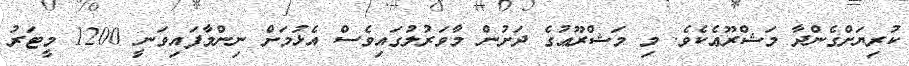
ކުރިޔަށްގެންދާ މަޝްރޫޢެކެވެ. މި މަޝްރޫޢުގެ ދަށުން މާވަރުލުގައިވެސް އެޅުމަށް ނިންމާފައިވަނީ 1200 މީޓަރު